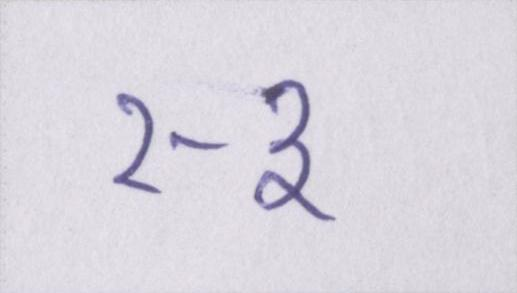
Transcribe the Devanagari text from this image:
२-३